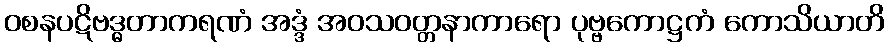
ဝစနပဋိဗဒ္ဓတာကရဏံ အဒ္ဒံ အဝသဝတ္တနာကာရော ပုဗ္ဗကောဋ္ဌကံ ကောသိယာတိ